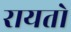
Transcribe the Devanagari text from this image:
रायतो